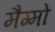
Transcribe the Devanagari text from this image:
मैग्मो